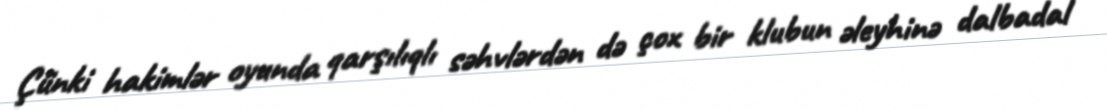
Çünki hakimlər oyunda qarşılıqlı səhvlərdən də çox bir klubun əleyhinə dalbadal